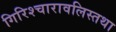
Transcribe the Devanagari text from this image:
गिरिश्चारावलिस्तथा